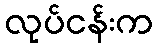
လုပ်ငန်းက